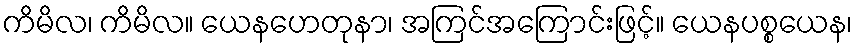
ကိမိလ၊ ကိမိလ။ ယေနဟေတုနာ၊ အကြင်အကြောင်းဖြင့်။ ယေနပစ္စယေန၊